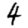
Digit: 4